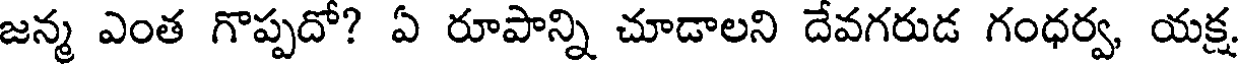
జన్మ ఎంత గొప్పదో? ఏ రూపాన్ని చూడాలని దేవగరుడ గంధర్వ, యక్ష